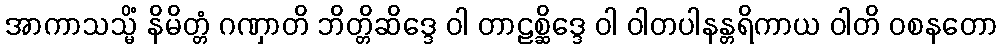
အာကာသသ္မိံ နိမိတ္တံ ဂဏှာတိ ဘိတ္တိဆိဒ္ဒေ ဝါ တာဠစ္ဆိဒ္ဒေ ဝါ ဝါတပါနန္တရိကာယ ဝါတိ ဝစနတော